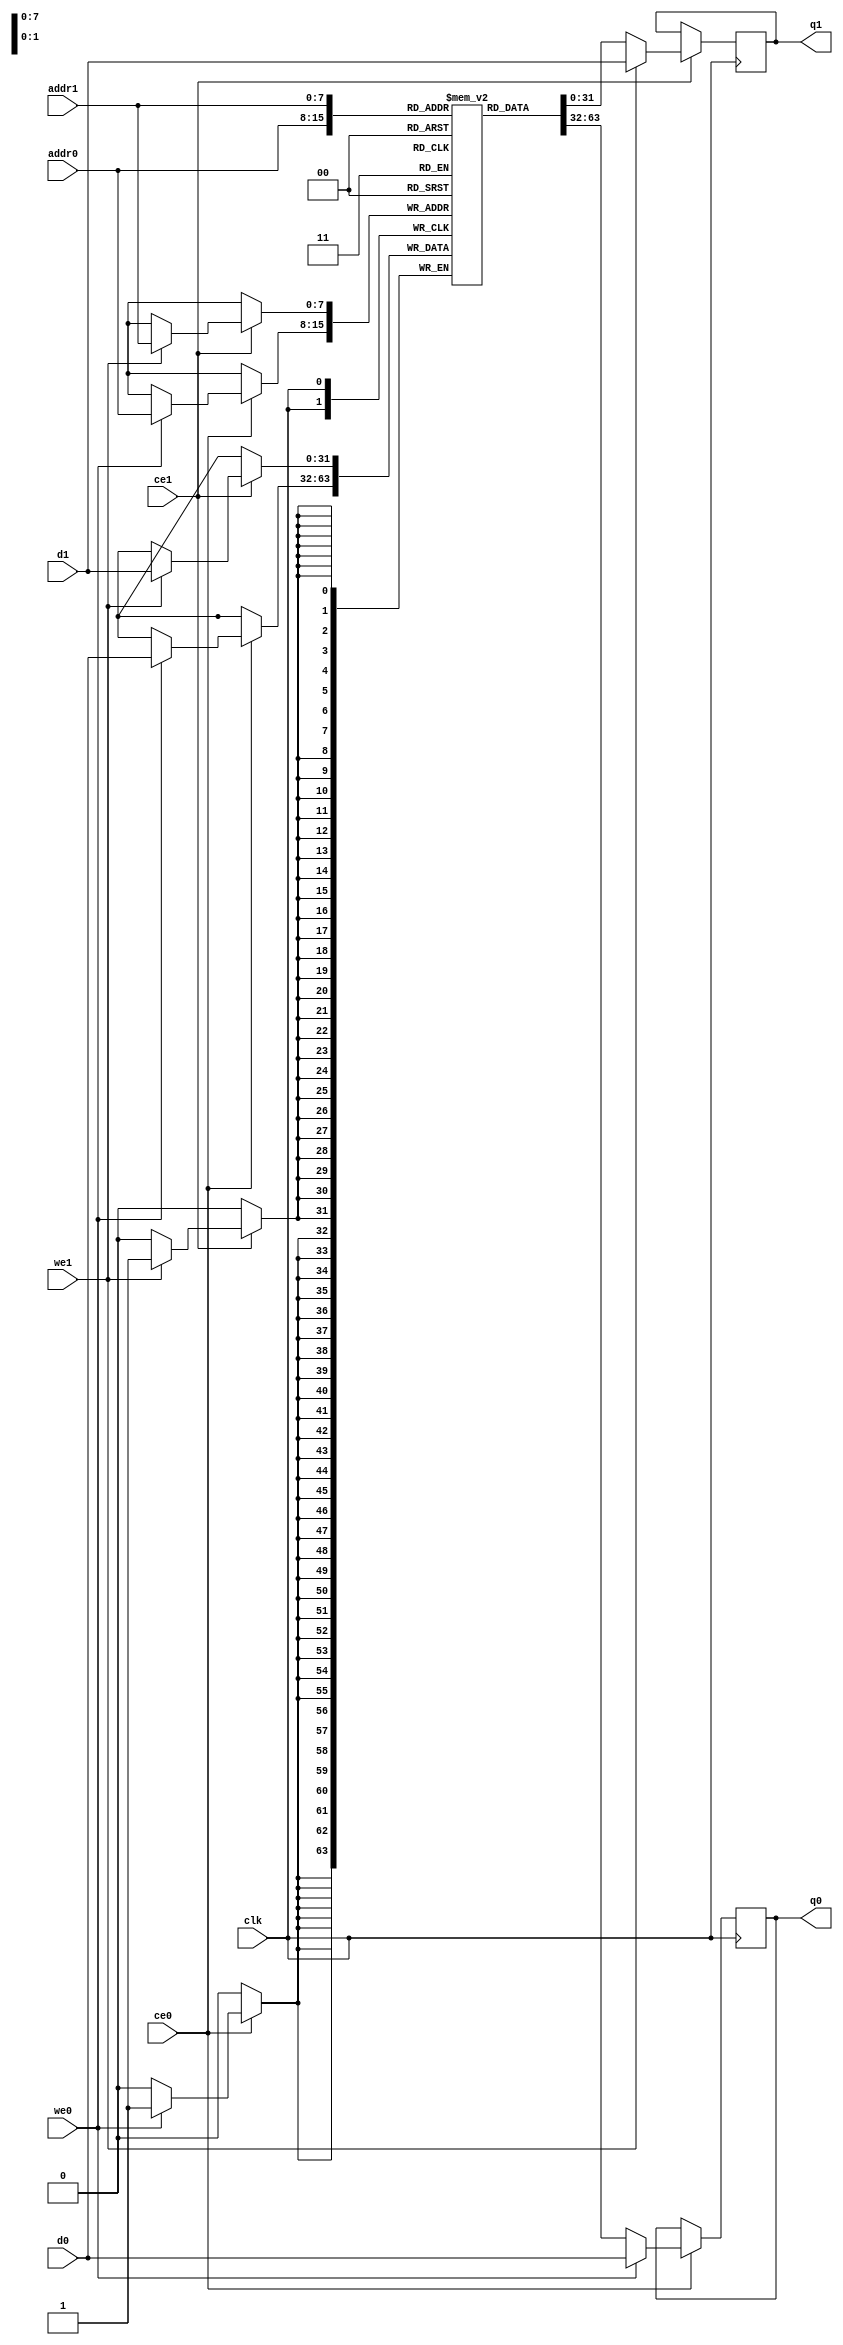
// ==============================================================
// File generated by Vivado(TM) HLS - High-Level Synthesis from C, C++ and SystemC
// Version: 2018.1
// Copyright (C) 1986-2018 Xilinx, Inc. All Rights Reserved.
// 
// ==============================================================

`timescale 1 ns / 1 ps
module write_packet_offsbYs_ram (addr0, ce0, d0, we0, q0, addr1, ce1, d1, we1, q1,  clk);

parameter DWIDTH = 32;
parameter AWIDTH = 8;
parameter MEM_SIZE = 130;

input[AWIDTH-1:0] addr0;
input ce0;
input[DWIDTH-1:0] d0;
input we0;
output reg[DWIDTH-1:0] q0;
input[AWIDTH-1:0] addr1;
input ce1;
input[DWIDTH-1:0] d1;
input we1;
output reg[DWIDTH-1:0] q1;
input clk;

(* ram_style = "block" *)reg [DWIDTH-1:0] ram[0:MEM_SIZE-1];




always @(posedge clk)  
begin 
    if (ce0) 
    begin
        if (we0) 
        begin 
            ram[addr0] <= d0; 
            q0 <= d0;
        end 
        else 
            q0 <= ram[addr0];
    end
end


always @(posedge clk)  
begin 
    if (ce1) 
    begin
        if (we1) 
        begin 
            ram[addr1] <= d1; 
            q1 <= d1;
        end 
        else 
            q1 <= ram[addr1];
    end
end


endmodule


`timescale 1 ns / 1 ps
module write_packet_offsbYs(
    reset,
    clk,
    address0,
    ce0,
    we0,
    d0,
    q0,
    address1,
    ce1,
    we1,
    d1,
    q1);

parameter DataWidth = 32'd32;
parameter AddressRange = 32'd130;
parameter AddressWidth = 32'd8;
input reset;
input clk;
input[AddressWidth - 1:0] address0;
input ce0;
input we0;
input[DataWidth - 1:0] d0;
output[DataWidth - 1:0] q0;
input[AddressWidth - 1:0] address1;
input ce1;
input we1;
input[DataWidth - 1:0] d1;
output[DataWidth - 1:0] q1;



write_packet_offsbYs_ram write_packet_offsbYs_ram_U(
    .clk( clk ),
    .addr0( address0 ),
    .ce0( ce0 ),
    .d0( d0 ),
    .we0( we0 ),
    .q0( q0 ),
    .addr1( address1 ),
    .ce1( ce1 ),
    .d1( d1 ),
    .we1( we1 ),
    .q1( q1 ));

endmodule